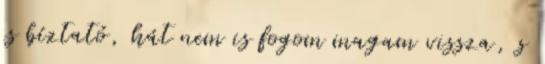
is bíztató, hát nem is fogom magam vissza, s